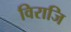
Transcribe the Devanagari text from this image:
विराजि